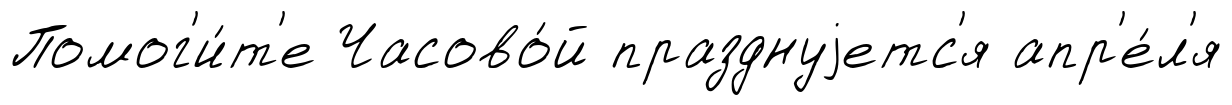
Помог'и́т'е Часово́й празднуjетс'я апр'е́л'я